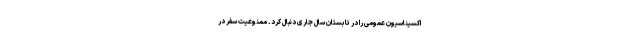
اکسیناسیون عمومی را در تابستان سال جاری دنبال کرد. ممنوعیت سفر در